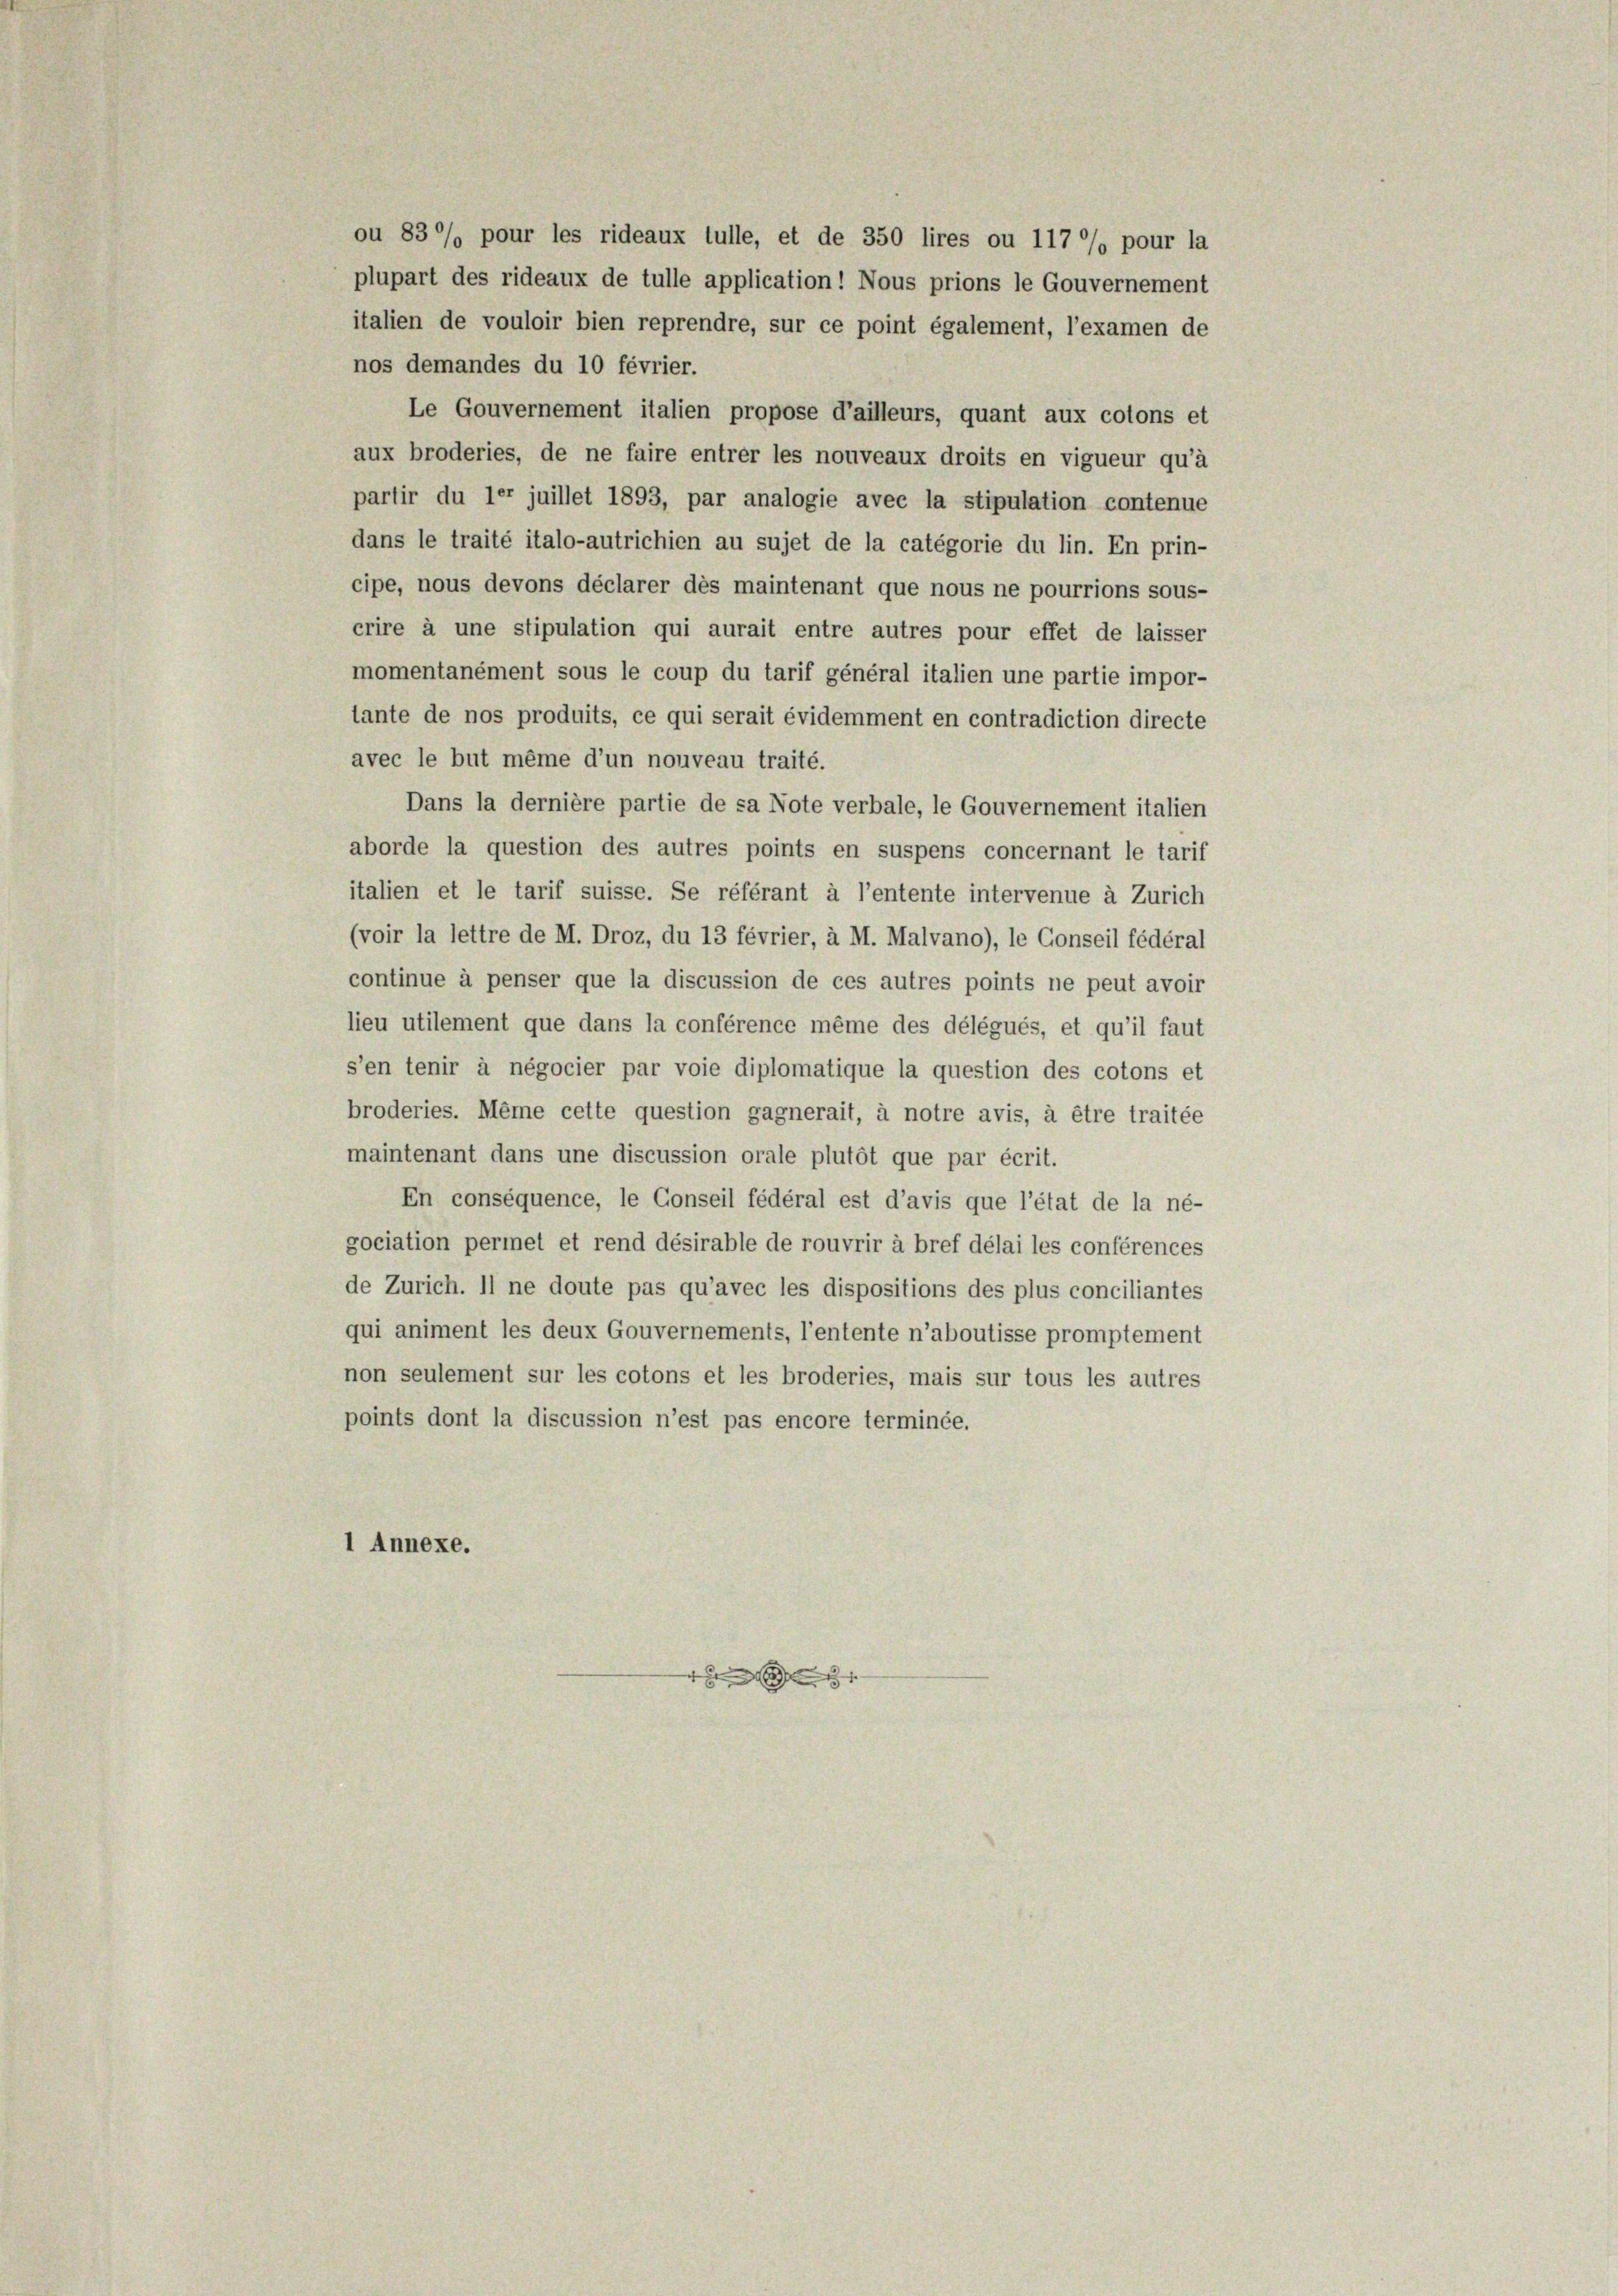
ou 830% pour les rideaux tulle, et de 350 lires ou 117 %% pour la
plupart des rideaux de tulle application! Nous prions le Gouvernement
italien de vouloir bien reprendre, sur ce point également, l’examen de
nos demandes du 10 février.
Le Gouvernement italien propose d’ailleurs, quant aux colons et
aux broderies, de ne faire entrer les nouveaux droits en vigueur qu’à
partir du ler juillet 1893, par analogie avec la stipulation contenue
dans le traité italo-autrichien au sujet de la catégorie du lin. En prin-
cipe, nous devons déclarer des maintenant que nous ne pourrions sous-
crire à une stipulation qui aurait entre autres pour effet de laisser
momentanément sous le coup du tarif général italien une partie impor-
tante de nos produits, ce qui serait évidemment en contradiction directe
avec le but même d’un nouveau traité.
Dans la dernière partie de sa Note verbale, le Gouvernement italien
aborde la question des autres points en suspens concernant le tarif
italien et le tarif suisse. Se référant à l’entente intervenue à Zürich
(voir la lettre de M. Droz, du 13 février, à M. Malvano), le Conseil fédéral
continue à penser que la discussion de ces autres points ne peut avoir
lieu utilement que dans la conférence même des délégués, et qu’il faut
s’en tenir à négocier par voie diplomatique la question des cotons et
broderies. Même cette question gagnerait, à notre avis, à être traitée
maintenant dans une discussion orale plutôt que par écrit.
En conséquence, le Conseil fédéral est d’avis que l’état de la né-
gociation permet et rend désirable de rouvrir à bref délai les conférences
de Zürich. Il ne doute pas qu’avec les dispositions des plus conciliantes
qui animent les deux Gouvernements, l’entente n’aboutisse promptement
non seulement sur les cotons et les broderies, mais sur tous les autres
points dont la discussion n’est pas encore terminée.
1 Annexe.